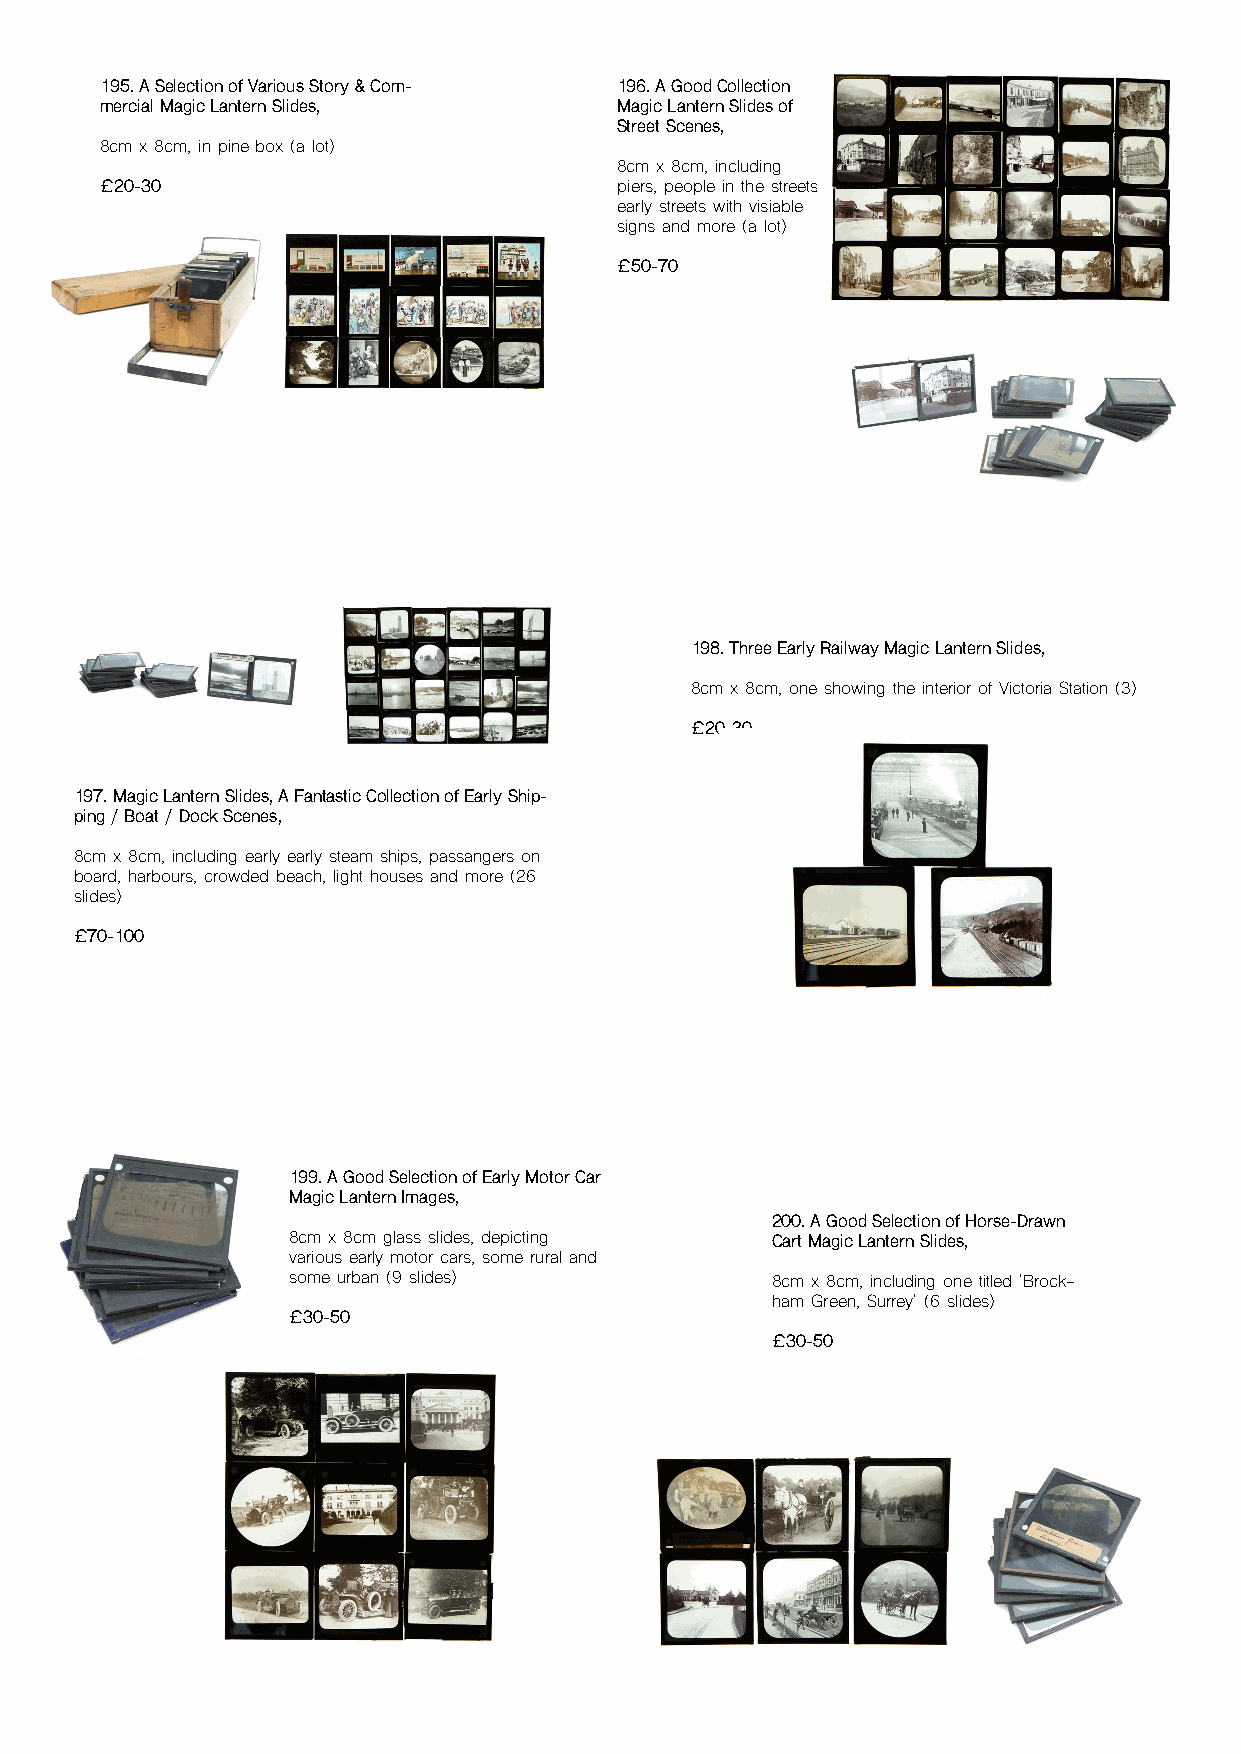
195. A Selection of Various Story & Com- 196. A Good Collection
 mercial Magic Lantern Slides,     Magic Lantern Slides of
 Street Scenes,
 8cm x 8cm, in pine box (a lot)
 8cm x 8cm, including
 £20-30                            piers, people in the streets,
 early streets with visiable
 signs and more (a lot)
 £50-70
 198. Three Early Railway Magic Lantern Slides,
 8cm x 8cm, one showing the interior of Victoria Station (3)
 £20-30
 197. Magic Lantern Slides, A Fantastic Collection of Early Ship-
 ping / Boat / Dock Scenes,
 8cm x 8cm, including early early steam ships, passangers on
 board, harbours, crowded beach, light houses and more (26
 slides)
 £70-100
 199. A Good Selection of Early Motor Car
 Magic Lantern Images,
 200. A Good Selection of Horse-Drawn
 8cm x 8cm glass slides, depicting Cart Magic Lantern Slides,
 various early motor cars, some rural and
 some urban (9 slides)           8cm x 8cm, including one titled 'Brock-
 ham Green, Surrey' (6 slides)
 £30-50
 £30-50